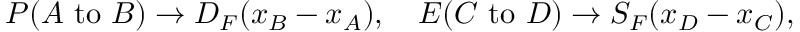
P ( A { \mathrm { ~ t o ~ } } B ) \to D _ { F } ( x _ { B } - x _ { A } ) , \quad E ( C { \mathrm { ~ t o ~ } } D ) \to S _ { F } ( x _ { D } - x _ { C } ) ,